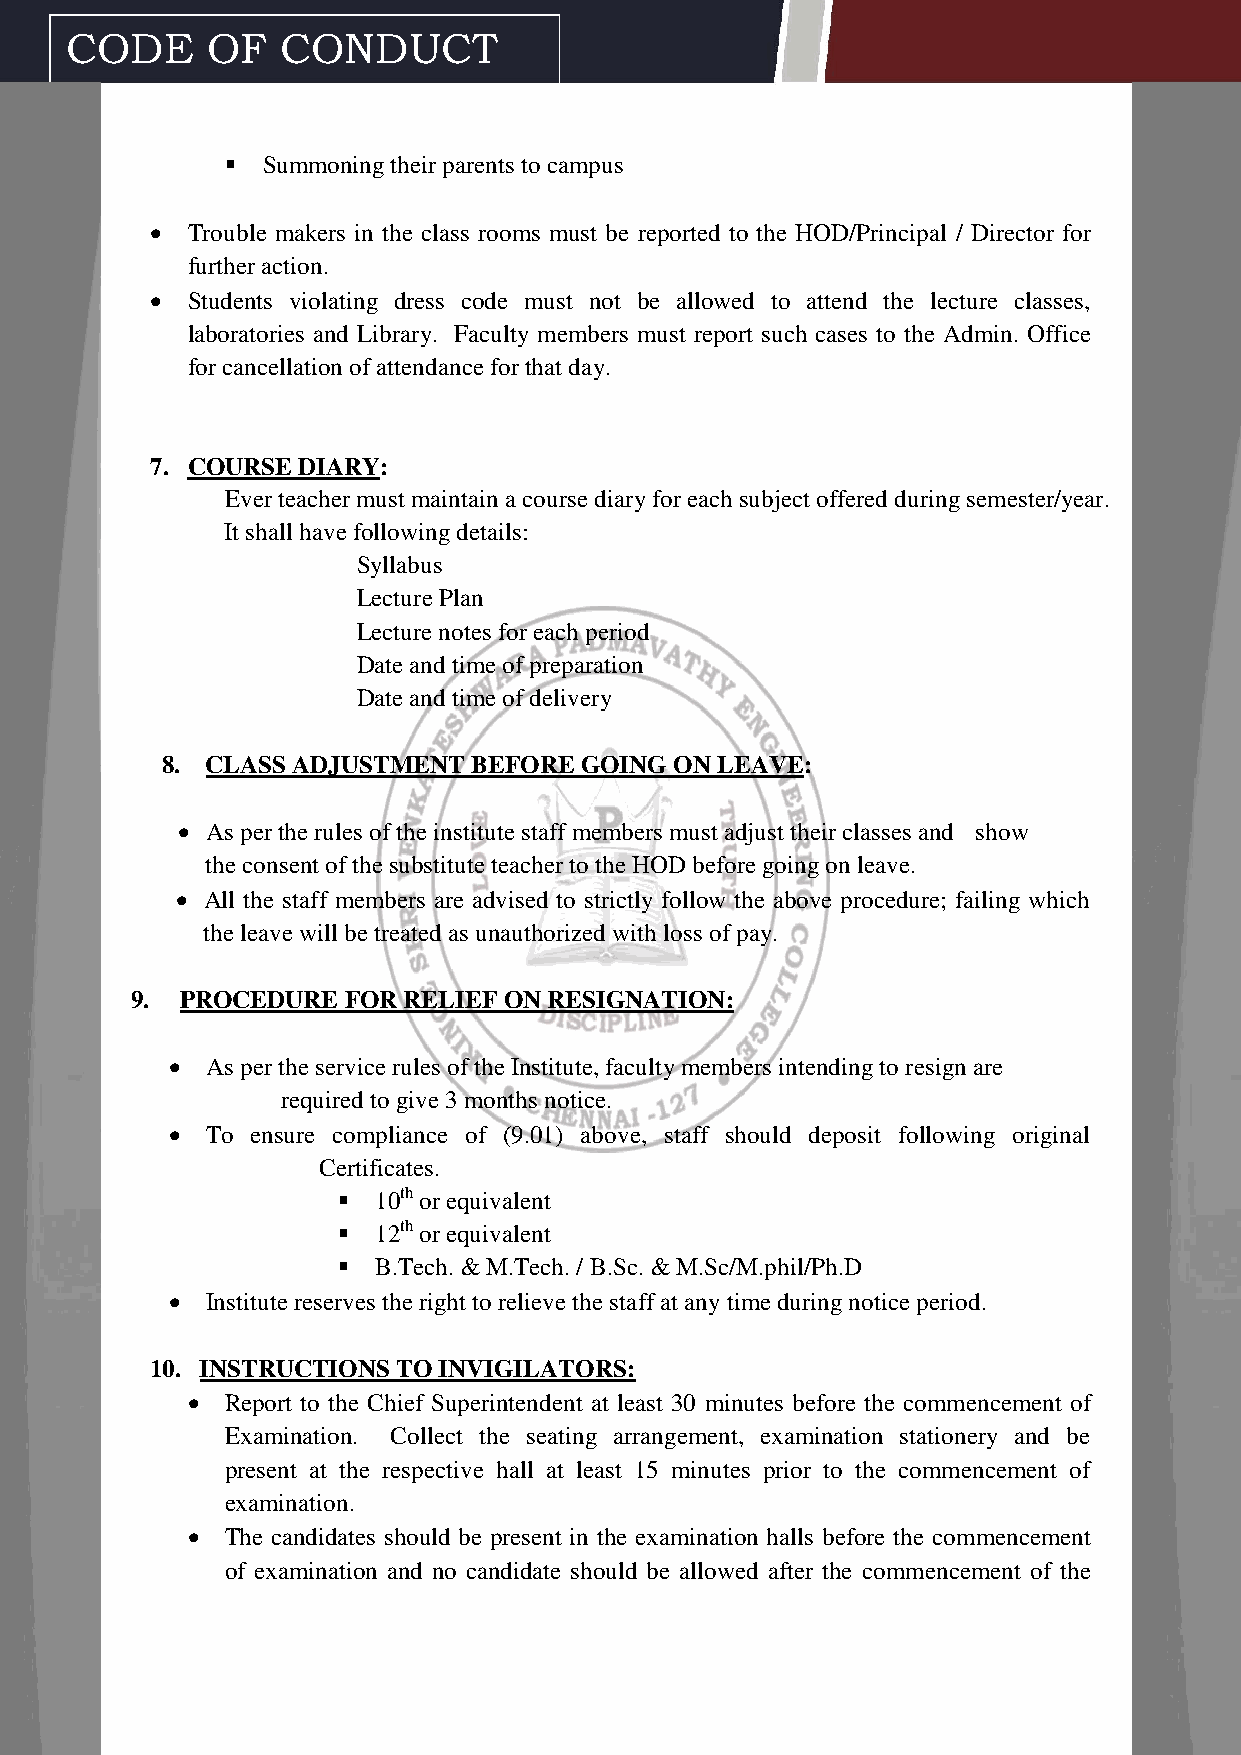
CODE      OF   CONDUCT
  Summoning their parents to campus
  Trouble makers in the class rooms must be reported to the HOD/Principal / Director for
 further action.
  Students violating dress code must not be allowed to attend the lecture classes,
 laboratories and Library. Faculty members must report such cases to the Admin. Office
 for cancellation of attendance for that day.
 7. COURSE DIARY:
 Ever teacher must maintain a course diary for each subject offered during semester/year.
 It shall have following details:
 Syllabus
 Lecture Plan
 Lecture notes for each period
 Date and time of preparation
 Date and time of delivery
 8. CLASS ADJUSTMENT BEFORE GOING  ON LEAVE:
  As per the rules of the institute staff members must adjust their classes and show
 the consent of the substitute teacher to the HOD before going on leave.
  All the staff members are advised to strictly follow the above procedure; failing which
 the leave will be treated as unauthorized with loss of pay.
 9. PROCEDURE  FOR RELIEF ON RESIGNATION:
   As per the service rules of the Institute, faculty members intending to resign are
 required to give 3 months notice.
   To ensure compliance of (9.01) above, staff should deposit following original
 Certificates.
   10th or equivalent
   12th or equivalent
   B.Tech. & M.Tech. / B.Sc. & M.Sc/M.phil/Ph.D
   Institute reserves the right to relieve the staff at any time during notice period.
 10. INSTRUCTIONS TO INVIGILATORS:
   Report to the Chief Superintendent at least 30 minutes before the commencement of
 Examination. Collect the seating arrangement, examination stationery and be
 present at the respective hall at least 15 minutes prior to the commencement of
 examination.
   The candidates should be present in the examination halls before the commencement
 of examination and no candidate should be allowed after the commencement of the